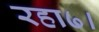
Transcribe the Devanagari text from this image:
रहा७।